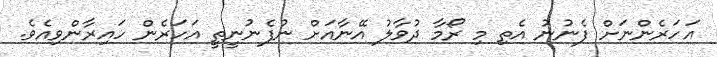
އަހަރެންނަށް ފެނުނު އެތި މި ރޯމާ ދުވާލު އޭނާއަށް ނުފެނުނީތީ އަހަރެން ހައިރާންވިއެވެ.